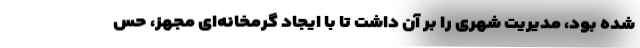
شده بود، مدیریت شهری را بر آن داشت تا با ایجاد گرمخانه‌ای مجهز، حس